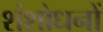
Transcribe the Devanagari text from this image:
शंशोधनों